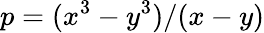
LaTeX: p=(x^{3}-y^{3})/(x-y)